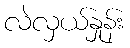
လဲလှယ်နှုန်း